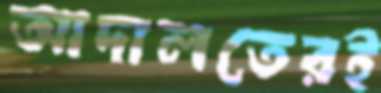
আদালতেরই